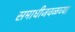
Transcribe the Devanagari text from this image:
समाधीजवळच्या